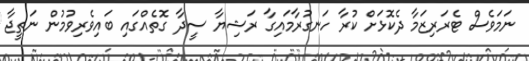
ނަމަވެސް ޓެރަރިޒަމާ ދެކޮޅަށް ކުރާ ހަނގުރާމައިގާ ރަޝިޔާ ސީދާ ގޮތެއްގައި ބައިވެރިވުމުން ނަތީޖާ